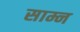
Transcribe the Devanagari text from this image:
साम्न